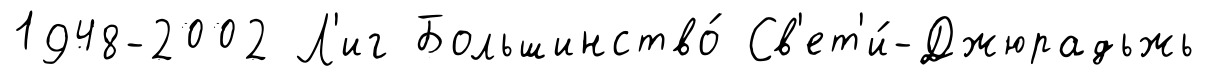
1948-2002 Л'иг Большинство́ Св'ет'и́-Джюрадьжь